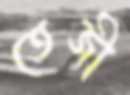
তেজী